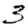
Digit: 3